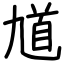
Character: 馗